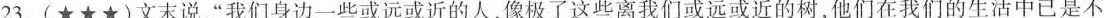
23.(★★★)文末说，”我们身边一些或远或近的人，像极了这些离我们或远或近的树，他们在我们的生活中已是不